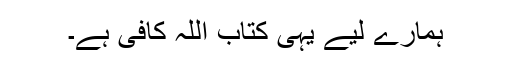
ہمارے لیے یہی کتاب اللہ کافی ہے۔